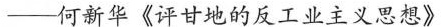
——何新华《评甘地的反工业主义思想》